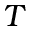
T